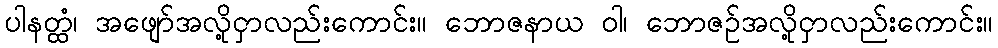
ပါနတ္ထံ၊ အဖျော်အလို့ငှာလည်းကောင်း။ ဘောဇနာယ ဝါ၊ ဘောဇဉ်အလို့ငှာလည်းကောင်း။